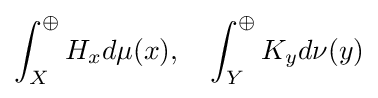
\int _{X}^{\oplus }H_{x}d\mu (x),\quad \int _{Y}^{\oplus }K_{y}d\nu (y)